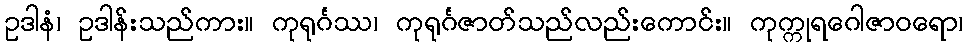
ဥဒါနံ၊ ဥဒါန်းသည်ကား။ ကုရုင်္ဂဿ၊ ကုရုင်္ဂဇာတ်သည်လည်းကောင်း။ ကုက္ကုရဂေါဇာဝရော၊